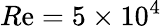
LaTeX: R\mathrm{e}=5\times10^{4}